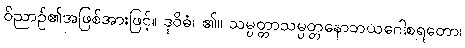
ဝိညာဉ်၏အဖြစ်အားဖြင့်။ ဒုဝိဓံ၊ ၏။ သမ္ပတ္တာသမ္ပတ္တနောဘယဂေါစရတော၊